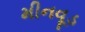
મીનવૂડ